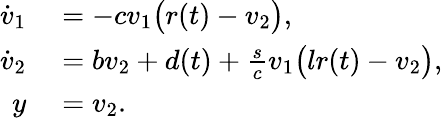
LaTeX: \begin{array}{rl}{\dot{v}_{1}}&{{}=-cv_{1}\big(r(t)-v_{2}\big),}\\ {\dot{v}_{2}}&{{}=bv_{2}+d(t)+\frac{s}{c}v_{1}\big(lr(t)-v_{2}\big),}\\ {y}&{{}=v_{2}.}\end{array}